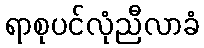
ရာစုပင်လုံညီလာခံ